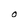
Character: O